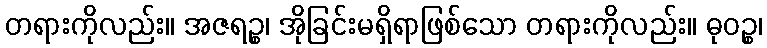
တရားကိုလည်း။ အဇရဉ္စ၊ အိုခြင်းမရှိရာဖြစ်သော တရားကိုလည်း။ ဓုဝဉ္စ၊